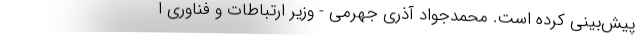
پیش‌بینی کرده است. محمدجواد آذری جهرمی - وزیر ارتباطات و فناوری ا